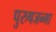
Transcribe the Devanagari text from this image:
पुरुषजन्मा